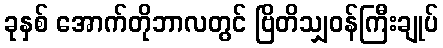
ခုနှစ် အောက်တိုဘာလတွင် ဗြိတိသျှဝန်ကြီးချုပ်